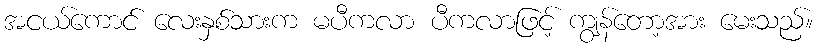
အငယ်ကောင် လေးနှစ်သားက မပီကလာ ပီကလာဖြင့် ကျွန်တော့အား မေးသည်။